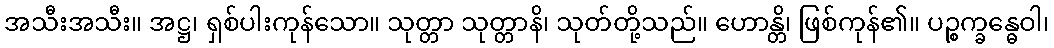
အသီးအသီး။ အဋ္ဌ၊ ရှစ်ပါးကုန်သော။ သုတ္တာ သုတ္တာနိ၊ သုတ်တို့သည်။ ဟောန္တိ၊ ဖြစ်ကုန်၏။ ပဉ္စက္ခန္ဓေဝါ၊